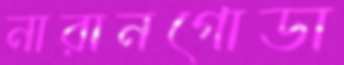
নারানগোডা